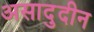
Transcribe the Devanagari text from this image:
असादुदीन